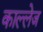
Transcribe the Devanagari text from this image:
काल्लेज